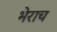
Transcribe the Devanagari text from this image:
भेराच